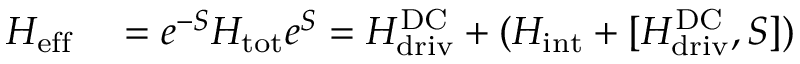
\begin{array} { r l } { H _ { \mathrm { e f f } } } & { { } = { e ^ { - S } } H _ { \mathrm { t o t } } { e ^ { S } } = H _ { \mathrm { d r i v } } ^ { \mathrm { D C } } + ( H _ { \mathrm { i n t } } + [ H _ { \mathrm { d r i v } } ^ { \mathrm { D C } } , S ] ) } \end{array}